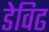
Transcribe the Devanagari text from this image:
डेविढ